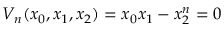
{ V _ { n } } ( { x _ { 0 } } , { x _ { 1 } } , { x _ { 2 } } ) = { x _ { 0 } } { x _ { 1 } } - { x _ { 2 } ^ { n } } = 0